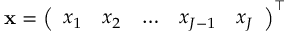
\mathbf { x } = \left( \begin{array} { l l l l l } { x _ { 1 } } & { x _ { 2 } } & { \dots } & { x _ { J - 1 } } & { x _ { J } } \end{array} \right) ^ { \top }